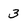
Character: 3